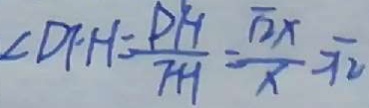
\angle D F H = \frac { P H } { F H } = \frac { \sqrt { 2 } x } { x } = \sqrt { 2 }